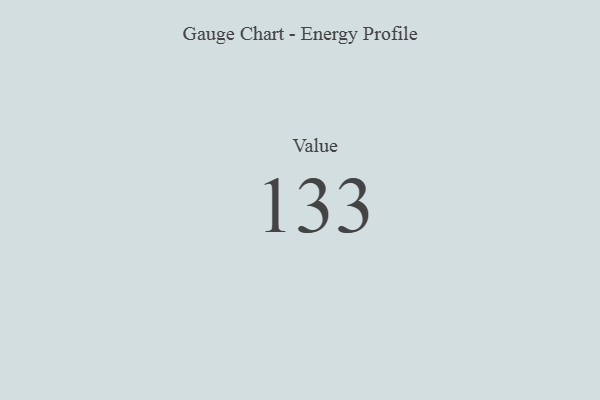
{"axis": {"x": "Metric", "y": "Value"}, "legend": [""], "data": [{"x": "Value", "y": 133, "type": ""}]}